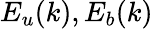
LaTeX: E_{u}(k),E_{b}(k)